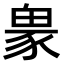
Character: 𧱋